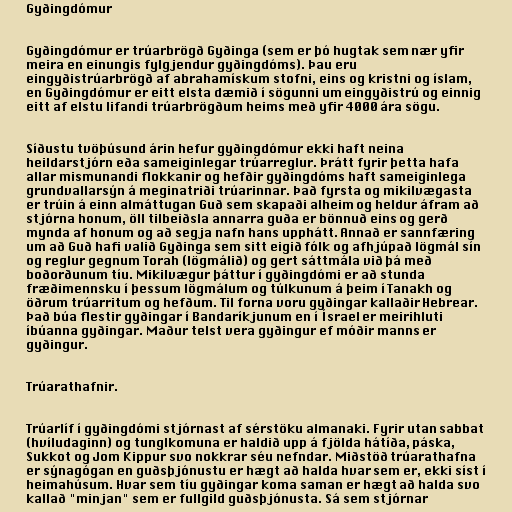
Gyðingdómur

Gyðingdómur er trúarbrögð Gyðinga (sem er þó hugtak sem nær yfir
meira en einungis fylgjendur gyðingdóms). Þau eru
eingyðistrúarbrögð af abrahamískum stofni, eins og kristni og íslam,
en Gyðingdómur er eitt elsta dæmið í sögunni um eingyðistrú og einnig
eitt af elstu lifandi trúarbrögðum heims með yfir 4000 ára sögu.

Síðustu tvöþúsund árin hefur gyðingdómur ekki haft neina
heildarstjórn eða sameiginlegar trúarreglur. Þrátt fyrir þetta hafa
allar mismunandi flokkanir og hefðir gyðingdóms haft sameiginlega
grundvallarsýn á meginatriði trúarinnar. Það fyrsta og mikilvægasta
er trúin á einn almáttugan Guð sem skapaði alheim og heldur áfram að
stjórna honum, öll tilbeiðsla annarra guða er bönnuð eins og gerð
mynda af honum og að segja nafn hans upphátt. Annað er sannfæring
um að Guð hafi valið Gyðinga sem sitt eigið fólk og afhjúpað lögmál sín
og reglur gegnum Torah (lögmálið) og gert sáttmála við þá með
boðorðunum tíu. Mikilvægur þáttur í gyðingdómi er að stunda
fræðimennsku í þessum lögmálum og túlkunum á þeim í Tanakh og
öðrum trúarritum og hefðum. Til forna voru gyðingar kallaðir Hebrear.
Það búa flestir gyðingar í Bandaríkjunum en í Ísrael er meirihluti
íbúanna gyðingar. Maður telst vera gyðingur ef móðir manns er
gyðingur.

Trúarathafnir.

Trúarlíf í gyðingdómi stjórnast af sérstöku almanaki. Fyrir utan sabbat
(hvíludaginn) og tunglkomuna er haldið upp á fjölda hátíða, páska,
Sukkot og Jom Kippur svo nokkrar séu nefndar. Miðstöð trúarathafna
er sýnagógan en guðsþjónustu er hægt að halda hvar sem er, ekki síst í
heimahúsum. Hvar sem tíu gyðingar koma saman er hægt að halda svo
kallað "minjan" sem er fullgild guðsþjónusta. Sá sem stjórnar